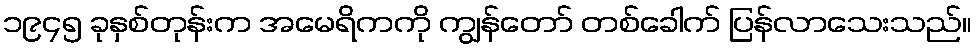
၁၉၄၅ ခုနှစ်တုန်းက အမေရိကကို ကျွန်တော် တစ်ခေါက် ပြန်လာသေးသည်။